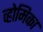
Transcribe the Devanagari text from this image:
व्होमिका